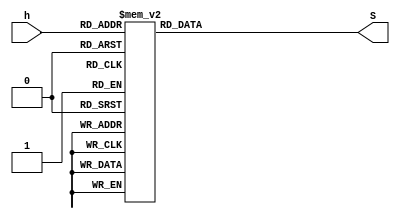
module CodHex7seg (
	input [3:0] h,
	output reg [6:0] S
);
	
	always @(h)
		begin
			case (h)
				4'b0000: S = 7'b0000001;   //0
				4'b0001: S = 7'b1001111;   //1
				4'b0010: S = 7'b0010010;   //2
				4'b0011: S = 7'b0000110;   //3
				4'b0100: S = 7'b1001100;   //4
				4'b0101: S = 7'b0100100;   //5
				4'b0110: S = 7'b0100000;   //6
				4'b0111: S = 7'b0001111;   //7
				4'b1000: S = 7'b0000000;   //8
				4'b1001: S = 7'b0000100;   //9
				4'b1010: S = 7'b0001000;   // A
            			4'b1011: S = 7'b1100000;   // B
            			4'b1100: S = 7'b0110001;   // C	
            			4'b1101: S = 7'b1000010;   // D
            			4'b1110: S = 7'b0110000;   // E
            			4'b1111: S = 7'b0111000;   // F				
				default: S = 7'b1001001;
			endcase
		end
endmodule